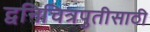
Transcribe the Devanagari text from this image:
द्वनिचित्रपुतीसाठी